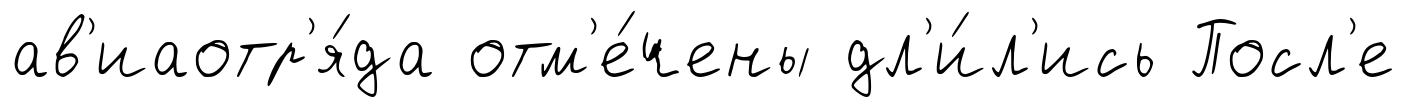
ав'иаотр'я́да отм'е́чены дл'и́л'ись Посл'е